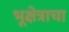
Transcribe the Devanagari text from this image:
भूक्षेत्राचा